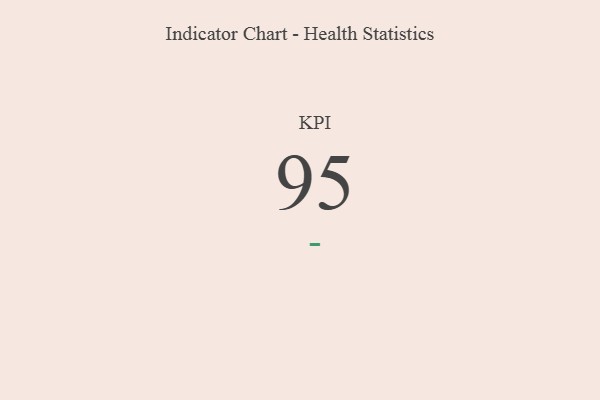
{"axis": {"x": "KPI", "y": "Value"}, "legend": [""], "data": [{"x": "KPI", "y": 95, "type": ""}]}